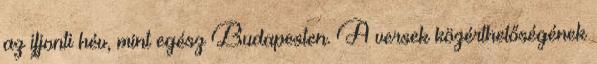
az ifjonti hév, mint egész Budapesten. A versek közérthetőségének